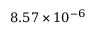
8 . 5 7 \times 1 0 ^ { - 6 }